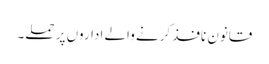
قانون نافذ کرنے والے اداروں پر حملے۔